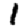
Digit: 1